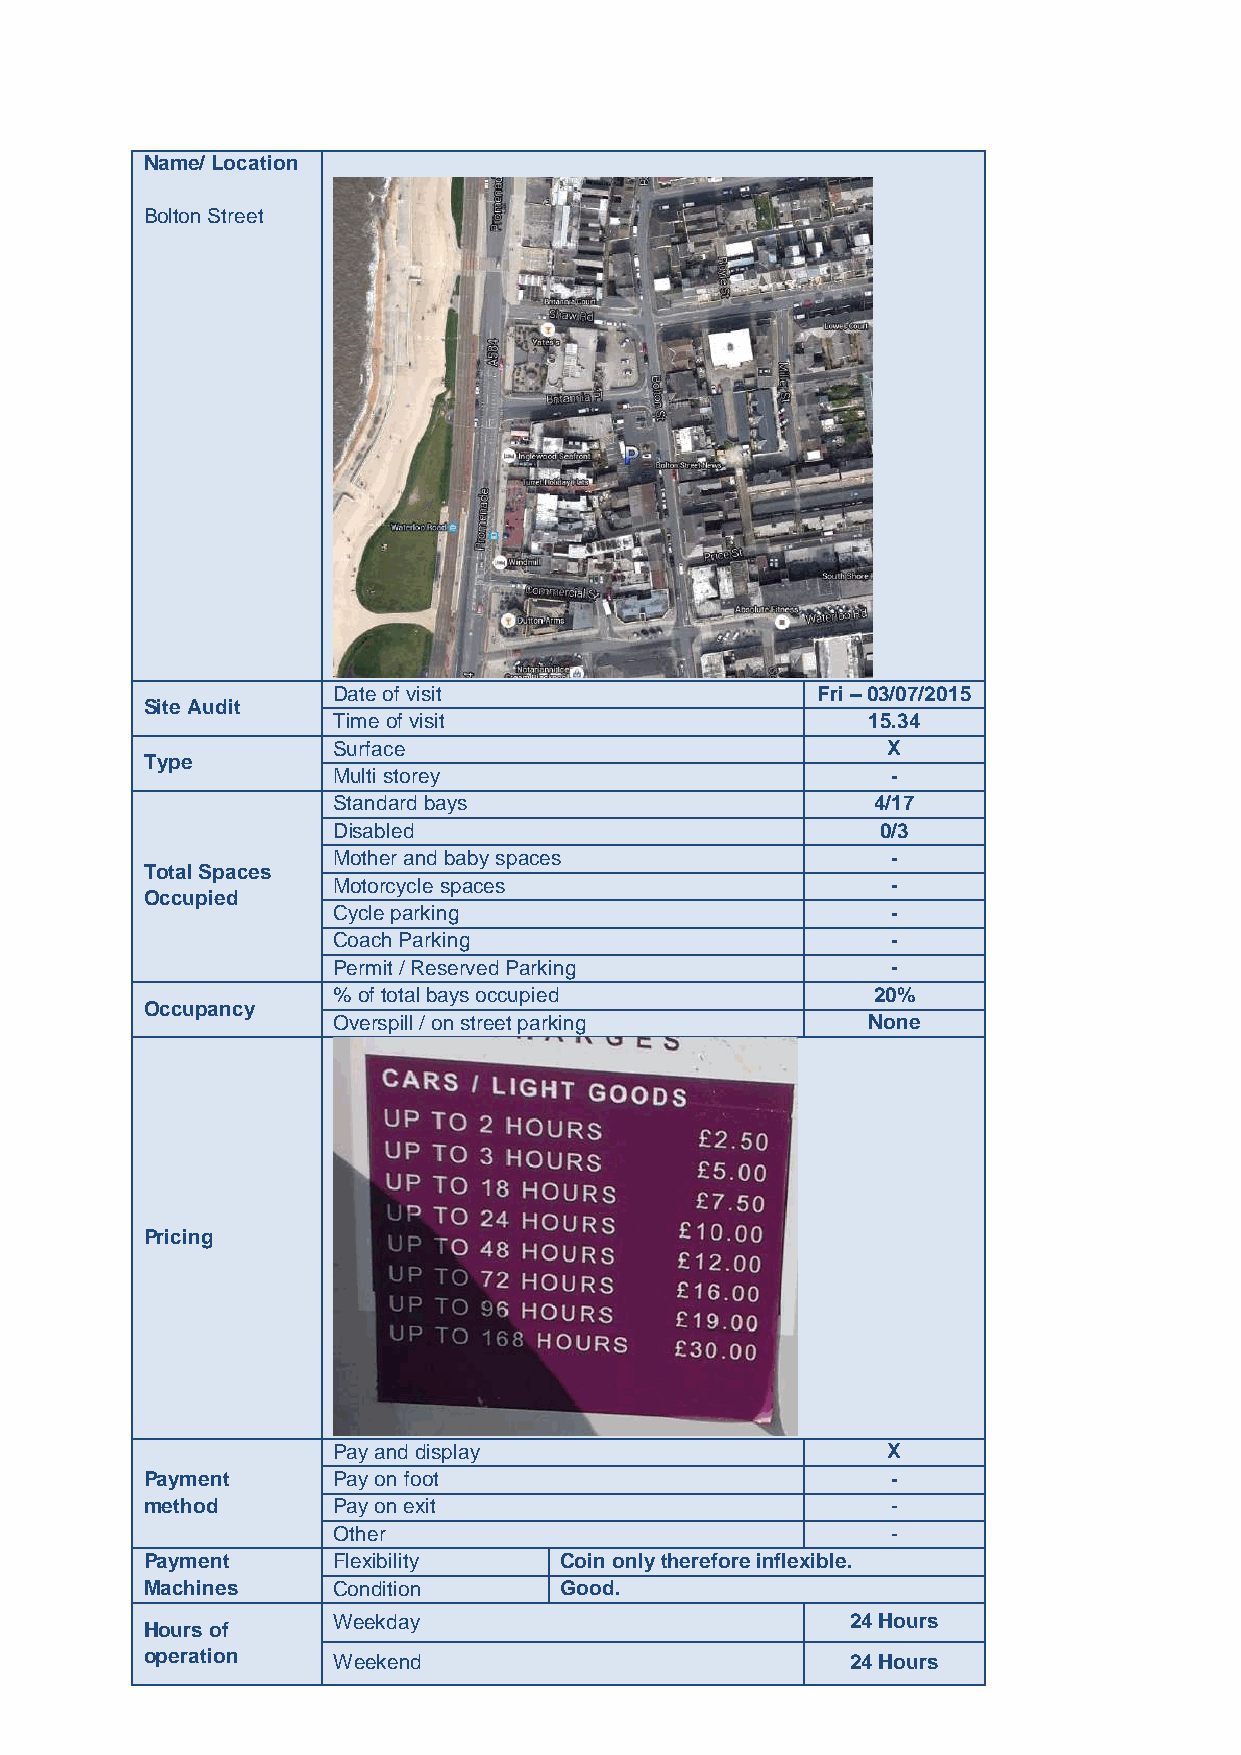
Name/ Location
 Bolton Street
 Date of visit                   Fri – 03/07/2015
 Site Audit
 Time of visit                      15.34
 Surface                              X
 Type
 Multi storey                         -
 Standard bays                       4/17
 Disabled                            0/3
 Mother and baby spaces               -
 Total Spaces
 Motorcycle spaces                    -
 Occupied
 Cycle parking                        -
 Coach Parking                        -
 Permit / Reserved Parking            -
 % of total bays occupied            20%
 Occupancy
 Overspill / on street parking      None
 Pricing
 Pay and display                      X
 Payment     Pay on foot                          -
 method      Pay on exit                          -
 Other                                -
 Payment     Flexibility    Coin only therefore inflexible.
 Machines    Condition      Good.
 Weekday                           24 Hours
 Hours of
 operation   Weekend                           24 Hours